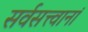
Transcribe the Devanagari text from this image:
सर्वसत्त्वानां